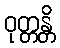
ဝုတ္တန္တိ